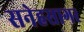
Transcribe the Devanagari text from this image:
सनेहसागर